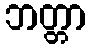
ဘတ္တာ